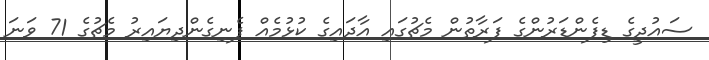
ސައުދީގެ ޑިފެންޑަރުންގެ ފަރާތުން މެޗުގައި އާދައިގެ ކުޅުމެއް ފެނިގެންދިޔައިރު މެޗުގެ 71 ވަނަ